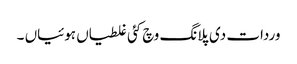
وردات دی پلانگ وچ کئی غلطیاں ہوئیاں ۔